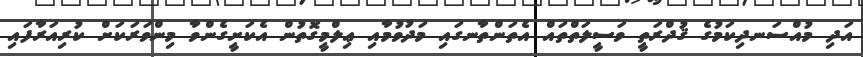
އަދި މުއްސަނދިކަމުގެ ޤުދްރަތީ ވަސީލަތްތައް އެތަންތާނގައި މަދުވުމާއި ޢިލްމީގޮތުން އެކަށީގެންވާ މިންވަރަކަށް ކުރިއަރާފައި